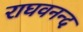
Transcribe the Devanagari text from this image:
राघवनन्द